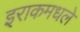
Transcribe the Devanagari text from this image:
इराकमधले